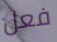
فعل